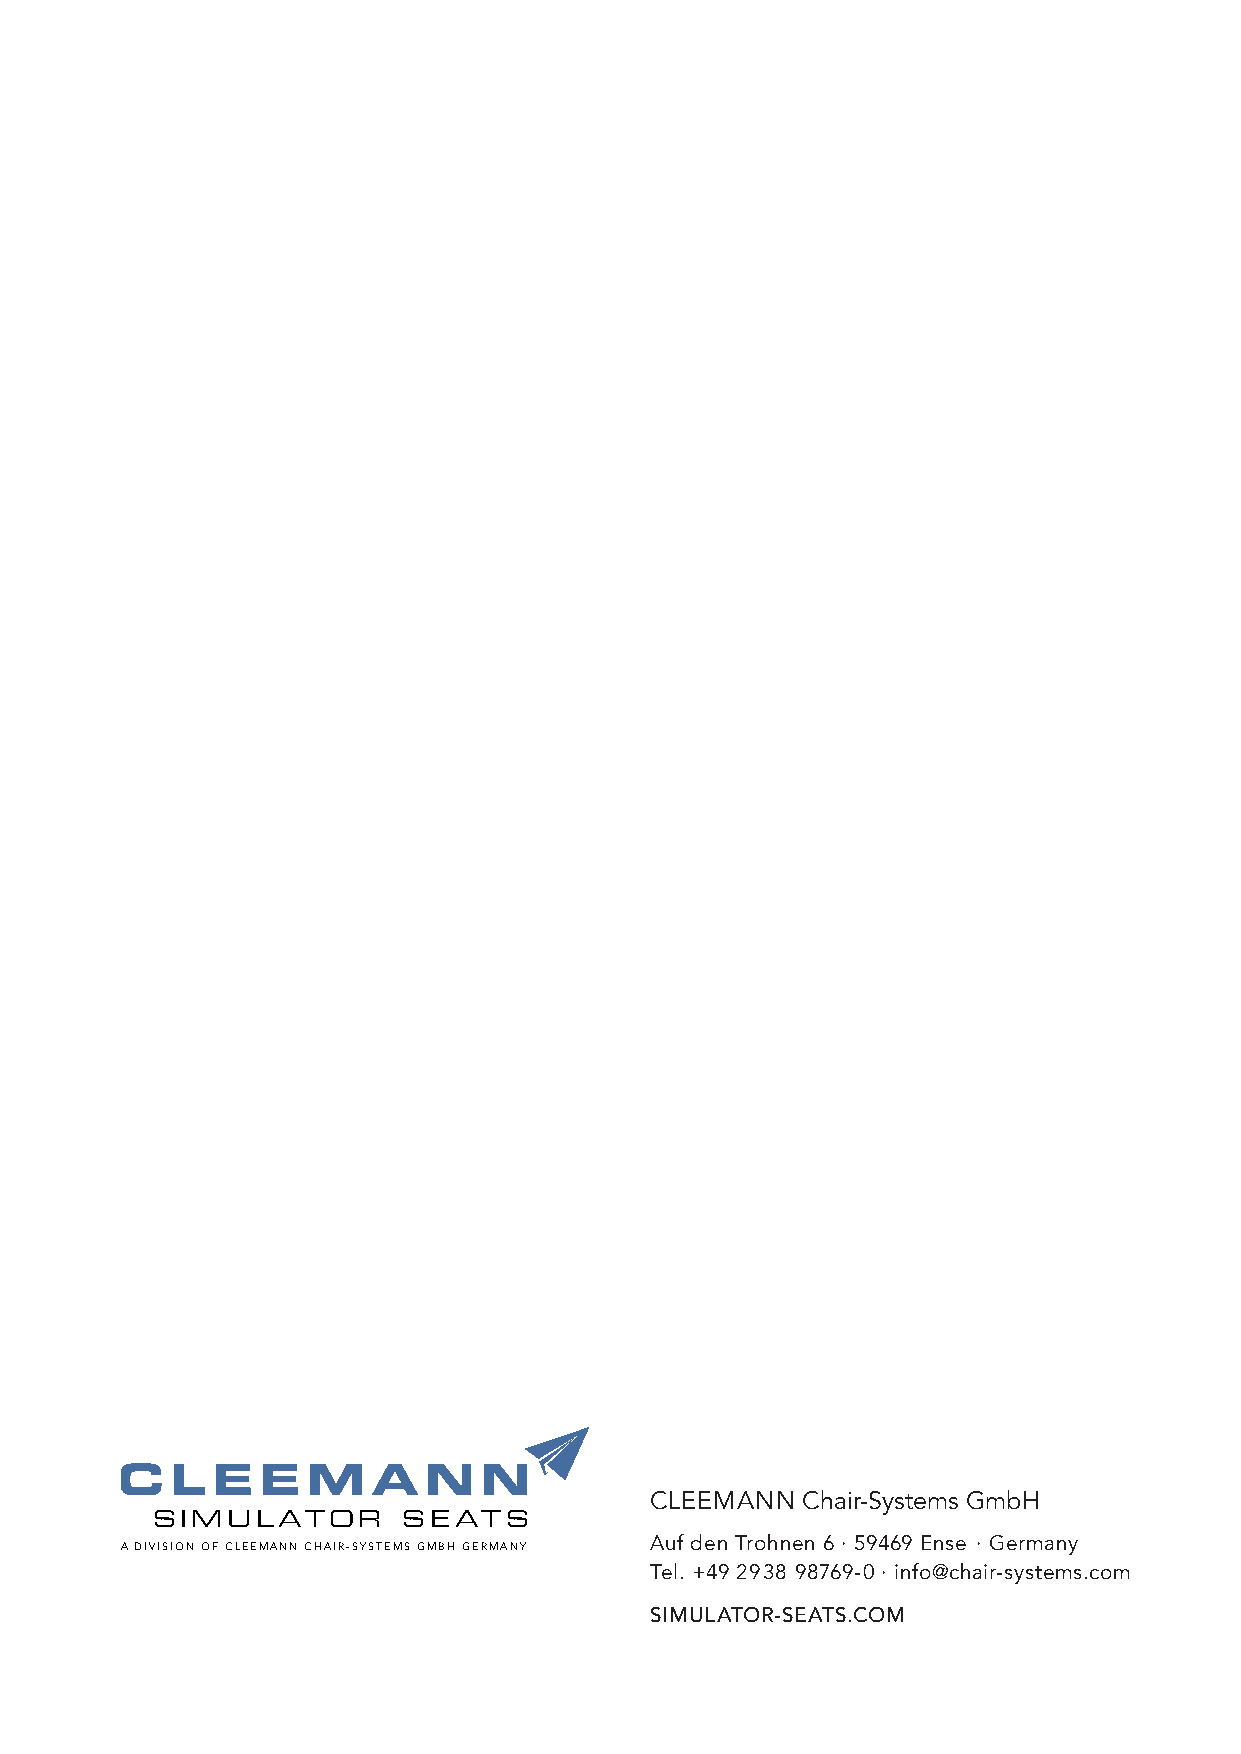
C
 CLEEMANN  Chair-Systems GmbH
 SIMULATOR        SEATS
 Auf den Trohnen 6 · 59469 Ense · Germany
 A DIVISION OF CLEEMANN CHAIR-SYSTEMS GMBH GERMANY
 Tel. +49 2938 98769-0 · info@chair-systems.com
 SIMULATOR-SEATS.COM